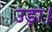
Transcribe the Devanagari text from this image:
उड़ा।